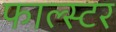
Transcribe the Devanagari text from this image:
फाल्स्टर